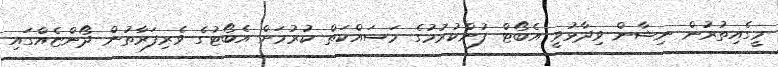
މީގެއިތުރުން ނިޝާން ވިދާޅުވީ އެބޯޓް ފުންކުރުމުގެ މަސައްކަތް ކުރުމަށް އެބޯޓުގެ ވެރިފަރާތުން ދޯންޏެއްގައި